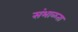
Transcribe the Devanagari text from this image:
संभाळता